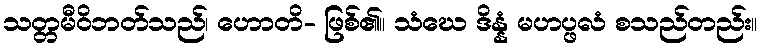
သတ္တမီဝိဘတ်သည်၊ ဟောတိ- ဖြစ်၏။ သံဃေ ဒိန္နံ မဟပ္ဖလံ စသည်တည်း။